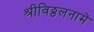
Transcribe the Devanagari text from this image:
श्रीविठ्ठलनामें